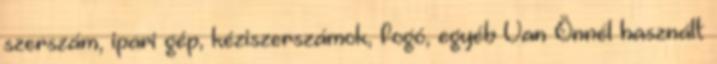
szerszám, ipari gép, kéziszerszámok, fogó, egyéb Van Önnél használt